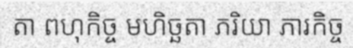
តា ពហុកិច្ច មហិច្ឆតា ភរិយា ភារកិច្ច